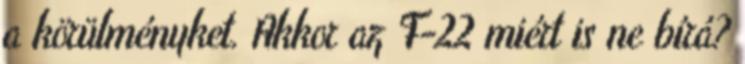
a körülményket. Akkor az F-22 miért is ne bírá?